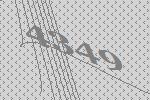
4349